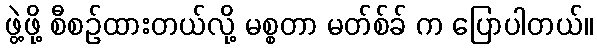
ဖွဲ့ဖို့ စီစဉ်ထားတယ်လို့ မစ္စတာ မတ်စ်ခ် က ပြောပါတယ်။